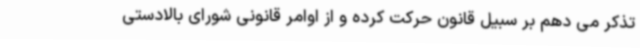
تذکر می دهم بر سبیل قانون حرکت کرده و از اوامر قانونی شورای بالادستی